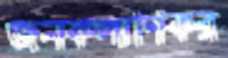
জনকল্যাণকর